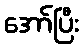
အော်ပြီး